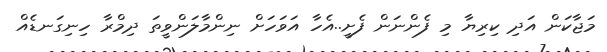
މަޖާކަން އަދި ކިރިޔާ މި ފެންނަން ފެށީ..އެހާ އަވަހަށް ނިންމާލަންވީތަ ދިމްރާ ހިނިގަނޑެއް